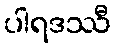
ပါရဒဿီ